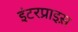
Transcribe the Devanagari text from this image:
इंटरप्राइस़